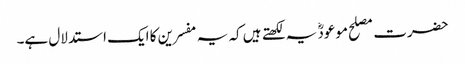
حضرت مصلح موعودؓ یہ لکھتے ہیں کہ یہ مفسرین کا ایک استدلال ہے۔